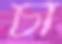
চা